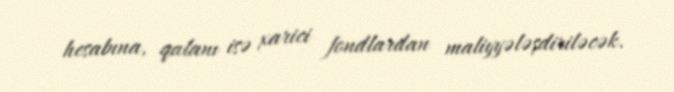
hesabına, qalanı isə xarici fondlardan maliyyələşdiriləcək.